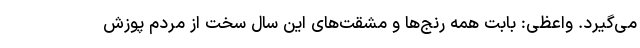
می‌گیرد. واعظی: بابت همه رنج‌ها و مشقت‌های این سال سخت از مردم پوزش